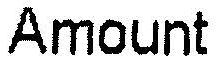
AMOUNT